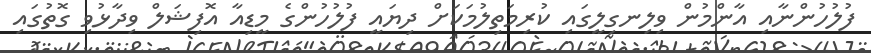
ފުލުހުންނާއި އާންމުން ވިލިނގިލީގައި ކުރިމަތިލުމަކަށް ދިޔައީ ފުލުހުންގެ މީޑިއާ އޮފިޝަލް ވިދާޅުވި ގޮތުގައި